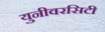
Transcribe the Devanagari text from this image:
युनीवरसिटी